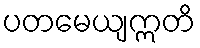
ပတမေယျဣတိ